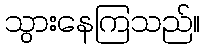
သွားနေကြသည်။